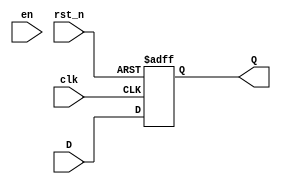
module instruction_register (
	input clk,
	input en,
	input [31:0] D,
	input rst_n,
	output reg [31:0] Q);

	always @ (posedge clk or negedge rst_n) begin
		if (!rst_n)
			Q <= 32'b0;
		else begin
			if (en)
				Q <= D;
			else
				Q <= D;
		end
	end

endmodule // instruction_register